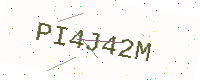
Text: PI4J42M